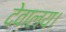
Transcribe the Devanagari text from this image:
देवालय।